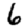
Digit: 6